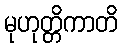
မုဟုတ္တိကာတိ